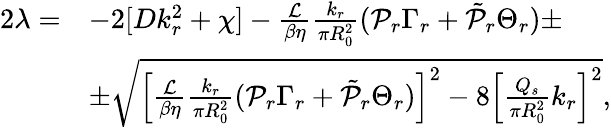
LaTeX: \begin{array}{rl}{2\lambda=}&{-2[Dk_{r}^{2}+\chi]-\frac{\mathcal{L}}{\beta\eta}\frac{k_{r}}{\pi R_{0}^{2}}(\mathcal{P}_{r}\Gamma_{r}+\tilde{\mathcal{P}}_{r}\Theta_{r})\pm}\\ &{\pm\sqrt{\left[\frac{\mathcal{L}}{\beta\eta}\frac{k_{r}}{\pi R_{0}^{2}}(\mathcal{P}_{r}\Gamma_{r}+\tilde{\mathcal{P}}_{r}\Theta_{r})\right]^{2}-8\left[\frac{Q_{s}}{\pi R_{0}^{2}}k_{r}\right]^{2}},}\end{array}